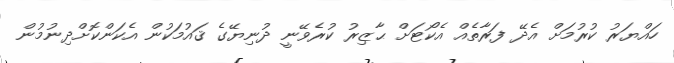
ހައްޔަރު ކުރުމަށް އެދޭ ފަރާތެއް އެކޯޓަށް ޙާޒިރު ކުރެވޭނީ ދުނިޔޭގެ ޤައުމަކުން އެކަންކޮށްދިނުމުން